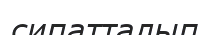
сипатталып